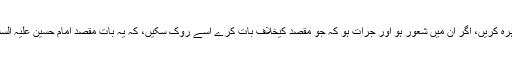
نوحے پڑھنے والے، خود سننے والے بھی ذمہ داری کا مظاہرہ کریں، اگر ان میں شعور ہو اور جرات ہو کہ جو مقصد کیخلاف بات کرے اسے روک سکیں، کہ یہ بات مقصد امام حسین علیہ السلام سے مناسبت نہیں رکھتی، یہ شعور دینا علماء کا کام ہے۔